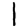
Digit: 1